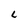
Character: L